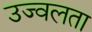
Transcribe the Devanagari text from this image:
उज्वलता